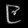
Digit: ၉